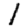
Digit: 1